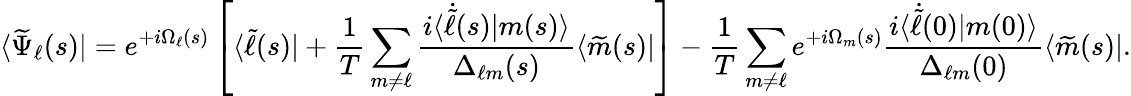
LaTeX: \langle\widetilde{\Psi}_{\ell}(s)|=e^{+i\Omega_{\ell}(s)}\left[\langle\widetilde{\ell}(s)|+\frac{1}{T}\sum_{m\neq\ell}\frac{i\langle\dot{\widetilde{\ell}}(s)|m(s)\rangle}{\Delta_{\ell m}(s)}\langle\widetilde{m}(s)|\right]-\frac{1}{T}\sum_{m\neq\ell}e^{+i\Omega_{m}(s)}\frac{i\langle\dot{\widetilde{\ell}}(0)|m(0)\rangle}{\Delta_{\ell m}(0)}\langle\widetilde{m}(s)|.